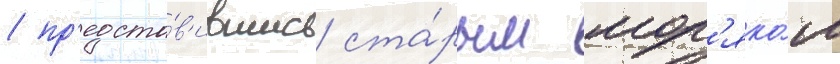
/ пр'едста́в'ившись ста́рым мор'яко́м